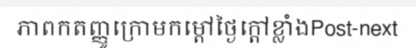
ភាពកតញ្ញូក្រោមកម្តៅថ្ងៃក្តៅខ្លាំងPost-next